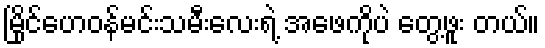
မြိုင်ဟေဝန်မင်းသမီးလေးရဲ့ အဖေကိုပဲ တွေ့ဖူး တယ်။